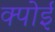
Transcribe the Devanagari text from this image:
क्पोई